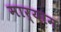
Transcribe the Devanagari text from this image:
मार्याम